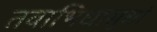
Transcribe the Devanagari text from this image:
तवाभिधासुधां